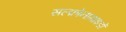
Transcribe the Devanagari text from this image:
सल्फ़ोनामाइडों